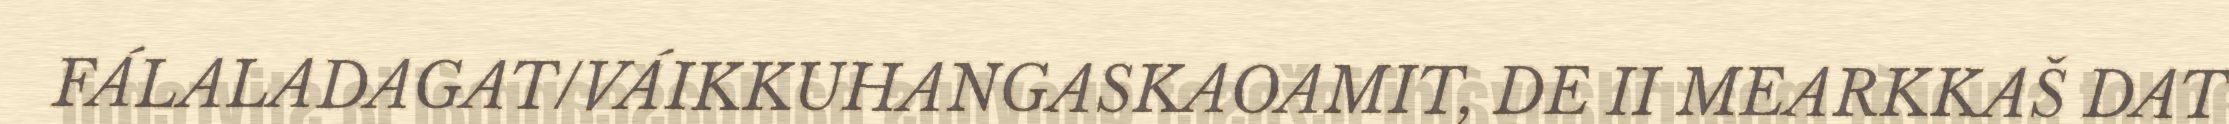
FÁLALADAGAT/VÁIKKUHANGASKAOAMIT, DE II MEARKKAŠ DAT